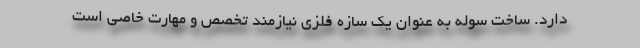
دارد. ساخت سوله به عنوان یک سازه فلزی نیازمند تخصص و مهارت خاصی است